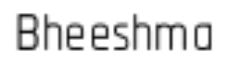
Bheeshma